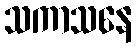
သကာသနေ